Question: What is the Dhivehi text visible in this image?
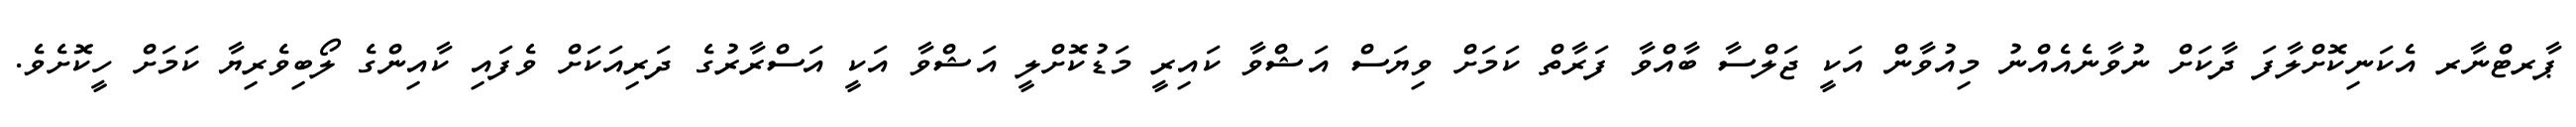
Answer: ޕާރޓްނާރ އެކަނިކޮށްލާފަ ދާކަށް ނުވާނެއެއްނު މިއުވާން އަކީ ޖަލްސާ ބާއްވާ ފަރާތް ކަމަށް ވިޔަސް އަޝްވާ ކައިރީ މަޑުކޮށްލީ އަޝްވާ އަކީ އަސްރާރުގެ ދަރިއަކަށް ވެފައި ކާއިންގެ ލޯބިވެރިޔާ ކަމަށް ހީކޮށެވެ.